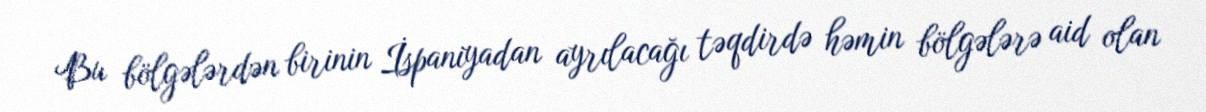
Bu bölgələrdən birinin İspaniyadan ayrılacağı təqdirdə həmin bölgələrə aid olan